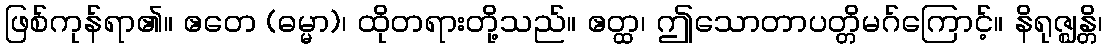
ဖြစ်ကုန်ရာ၏။ ဧတေ (ဓမ္မာ)၊ ထိုတရားတို့သည်။ ဧတ္ထ၊ ဤသောတာပတ္တိမဂ်ကြောင့်။ နိရုဇ္ဈန္တိ၊